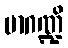
မာဂဏ္ဍိ